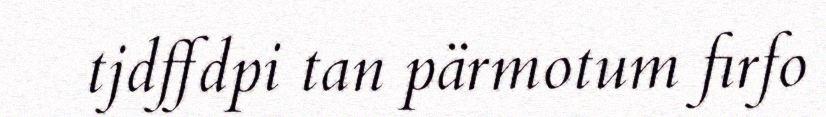
tjdffdpi tan pärmotum firfo